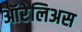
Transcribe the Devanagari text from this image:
ऑरेलिअस